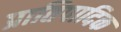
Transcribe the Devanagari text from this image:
प्रातिपादिक